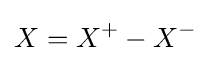
X=X^{+}-X^{-}